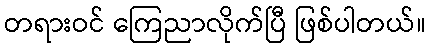
တရားဝင် ကြေညာလိုက်ပြီ ဖြစ်ပါတယ်။